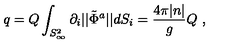
q = Q \int _ { S _ { \infty } ^ { 2 } } { \partial _ { i } | | \tilde { \Phi } ^ { a } | | } d S _ { i } = \frac { 4 \pi | n | } { g } Q \ ,